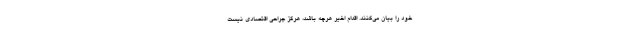
خود را بیان می‌کنند. اقدام اخیر هرچه باشد، هرگز جراحی اقتصادی نیست